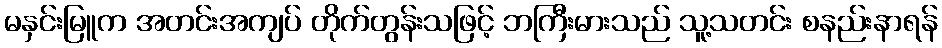
မနှင်းမြူက အတင်းအကျပ် တိုက်တွန်းသဖြင့် ဘကြီးမားသည် သူ့သတင်း စနည်းနာရန်